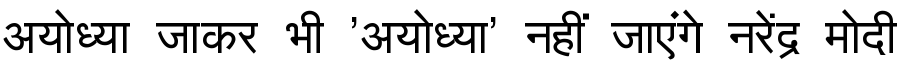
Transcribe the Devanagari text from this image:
अयोध्या जाकर भी 'अयोध्या' नहीं जाएंगे नरेंद्र मोदी